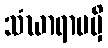
သံဃာရာမမှိ